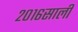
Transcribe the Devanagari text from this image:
२०१६साली